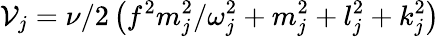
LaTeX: \mathcal{V}_{j}={\nu}/{2}\left({f^{2}m_{j}^{2}}/{\omega_{j}^{2}}+m_{j}^{2}+l_{j}^{2}+k_{j}^{2}\right)